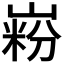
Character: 𪩋